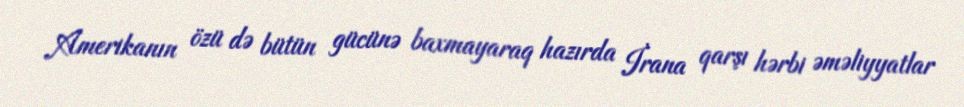
Amerikanın özü də bütün gücünə baxmayaraq hazırda İrana qarşı hərbi əməliyyatlar